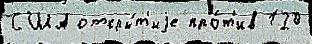
США откры́т'иjе про́т'ив 120